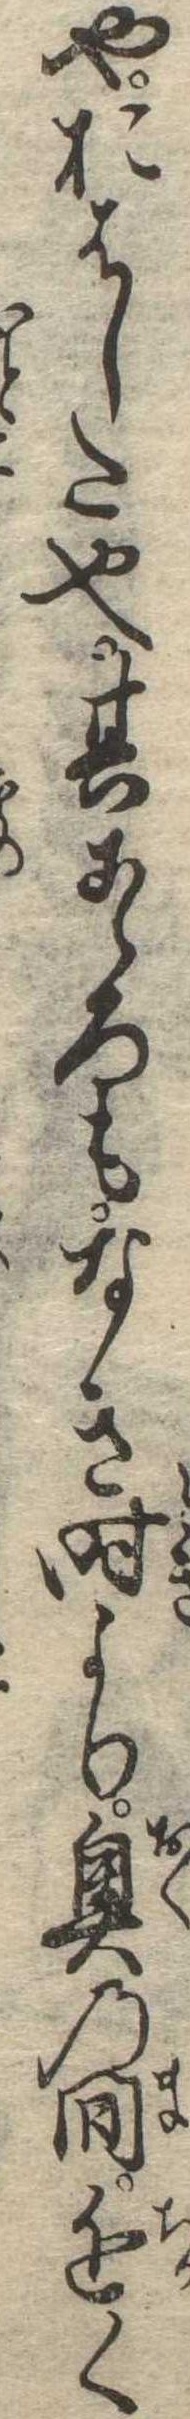
やおはした也其こゝろもなき時より奥の間近く